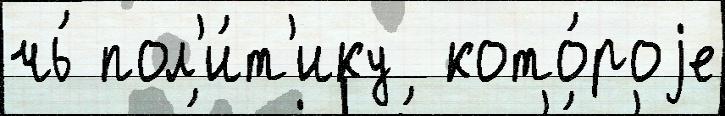
чь́ пол'и́т'ику  кото́роjе